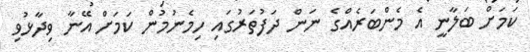
ކަމަށް ބަލާނީ އެ މެންބަރެއްގެ ނަން ދަފުތަރުގައި ހިމެނުމުން ކަމަށް އޭނާ ވިދާޅުވި